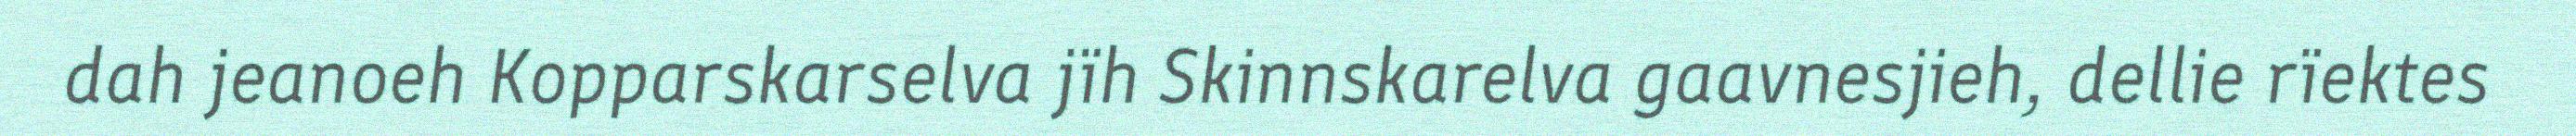
dah jeanoeh Kopparskarselva jïh Skinnskarelva gaavnesjieh, dellie rïektes